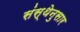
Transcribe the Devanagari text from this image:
संस्थेनुसार